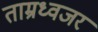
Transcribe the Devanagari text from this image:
ताम्रध्वजर